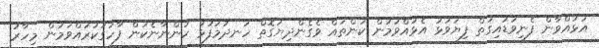
އަޅުއްވާން ފެނިވަޑައިގަތް ފިޔަވަޅު އެޅުއްވުމުން ކަންތައް ވެގެންދިޔަގޮތް ހަނދުމަފުޅު ހުންނާނެކަން ފާހަގަކުރައްވަމުން މިހާރު